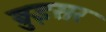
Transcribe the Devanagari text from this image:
ब्रुइसर